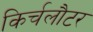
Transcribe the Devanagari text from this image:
किर्चलौटर